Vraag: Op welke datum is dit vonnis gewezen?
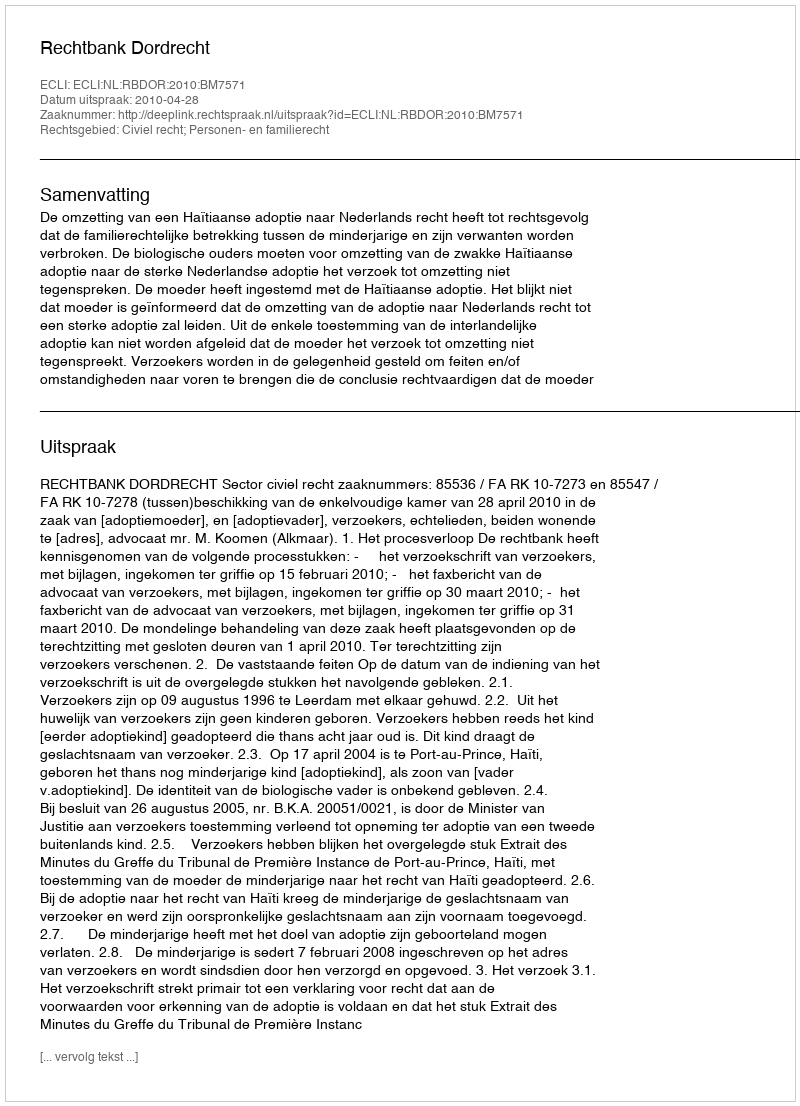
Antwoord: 2010-04-28